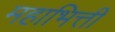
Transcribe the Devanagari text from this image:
महाभित्ती